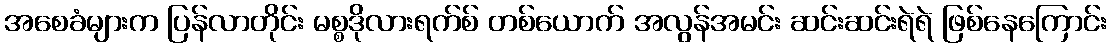
အစေခံများက ပြန်လာတိုင်း မစ္စဒိုလားရက်စ် တစ်ယောက် အလွန်အမင်း ဆင်းဆင်းရဲရဲ ဖြစ်နေကြောင်း